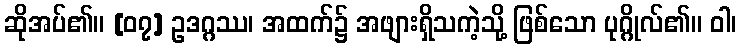
ဆိုအပ်၏။ [၀၇] ဥဒဂ္ဂဿ၊ အထက်၌ အဖျားရှိသကဲ့သို့ ဖြစ်သော ပုဂ္ဂိုလ်၏။ ဝါ၊